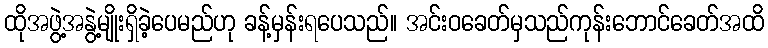
ထိုအဖွဲ့အနွဲ့မျိုးရှိခဲ့ပေမည်ဟု ခန့်မှန်းရပေသည်။ အင်းဝခေတ်မှသည်ကုန်းဘောင်ခေတ်အထိ